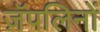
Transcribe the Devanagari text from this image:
ज़ॅपलिनों